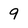
Character: 9